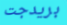
بريدجت